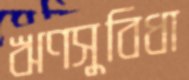
ঋণসুবিধা